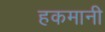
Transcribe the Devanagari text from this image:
हकमानी